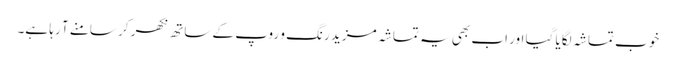
خوب تماشہ لگایا گیا اور اب بھی یہ تماشہ مزید رنگ و روپ کے ساتھ نکھر کر سامنے آ رہا ہے۔